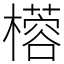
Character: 㯴